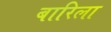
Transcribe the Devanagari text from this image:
बारिला